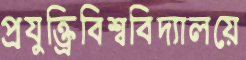
প্রযুক্ত্রিবিশ্ববিদ্যালয়ে